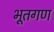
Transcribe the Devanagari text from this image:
भूतगण